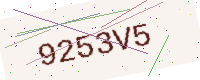
Text: 9253V5